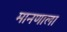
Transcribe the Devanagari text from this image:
मानणाला